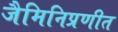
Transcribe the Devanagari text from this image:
जैमिनिप्रणीत